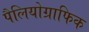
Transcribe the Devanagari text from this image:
पैलियोग्राफिक